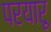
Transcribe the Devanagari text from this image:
परयारू